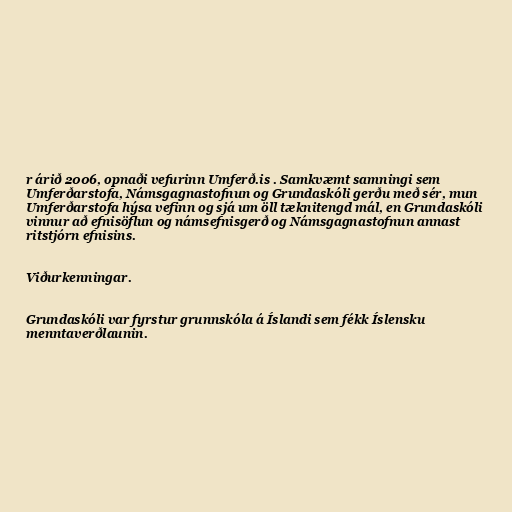
r árið 2006, opnaði vefurinn Umferð.is . Samkvæmt samningi sem
Umferðarstofa, Námsgagnastofnun og Grundaskóli gerðu með sér, mun
Umferðarstofa hýsa vefinn og sjá um öll tæknitengd mál, en Grundaskóli
vinnur að efnisöflun og námsefnisgerð og Námsgagnastofnun annast
ritstjórn efnisins.

Viðurkenningar.

Grundaskóli var fyrstur grunnskóla á Íslandi sem fékk Íslensku
menntaverðlaunin.